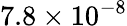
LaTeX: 7.8\times 10^{-8}